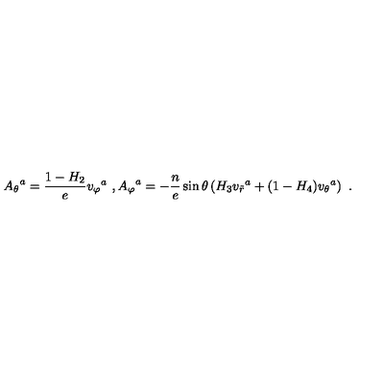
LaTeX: { A _ { \theta } } ^ { a } = \frac { 1 - H _ { 2 } } { e } { v _ { \varphi } } ^ { a } \ , { A _ { \varphi } } ^ { a } = - \frac { n } { e } \sin \theta \left( H _ { 3 } { v _ { \tilde { r } } } ^ { a } + ( 1 - H _ { 4 } ) { v _ { \theta } } ^ { a } \right) \ .